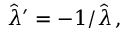
\hat { \lambda } ^ { \prime } = - 1 / \hat { \lambda } \, ,